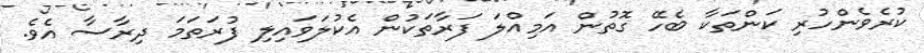
ކުރެވެންހުރި ކަންތަކާ ބެހޭ ގޮތުން އަމިއްލަ ފަރާތަކުން އެކުލަވައިލި ފުރަތަމަ ދިރާސާ އެވެ.